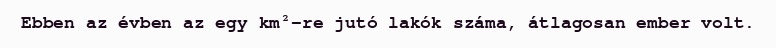
Ebben az évben az egy km²-re jutó lakók száma, átlagosan ember volt.